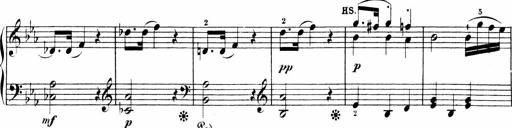
Title: Sonatinen Op.47, 98 und 136, nebst 6 Liedersonatinen
Composer: Carl Reinecke